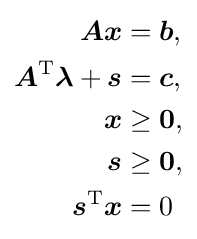
{\begin{aligned}{\boldsymbol {Ax}}&={\boldsymbol {b}},\\{\boldsymbol {A}}^{\mathrm {T} }{\boldsymbol {\lambda }}+{\boldsymbol {s}}&={\boldsymbol {c}},\\{\boldsymbol {x}}&\geq {\boldsymbol {0}},\\{\boldsymbol {s}}&\geq {\boldsymbol {0}},\\{\boldsymbol {s}}^{\mathrm {T} }{\boldsymbol {x}}&=0\end{aligned}}